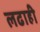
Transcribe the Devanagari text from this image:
लढाही